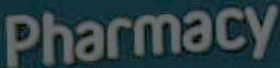
Pharmacy